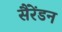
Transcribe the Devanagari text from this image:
सैरेंडन